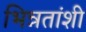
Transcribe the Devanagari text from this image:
भिन्नतांशी